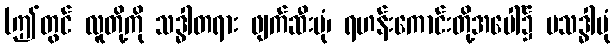
(ဤတွင် လူတို့ကို သဒ္ဓါတရား ဖျက်ဆီးပုံ၊ ရဟန်းကောင်းတို့အပေါ်၌ မသဒ္ဓါပုံ